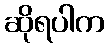
ဆိုရပါက